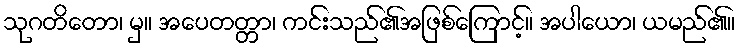
သုဂတိတော၊ မှ။ အပေတတ္တာ၊ ကင်းသည်၏အဖြစ်ကြောင့်။ အပါယော၊ ယမည်၏။